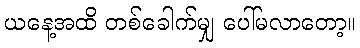
ယနေ့အထိ တစ်ခေါက်မျှ ပေါ်မလာတော့။